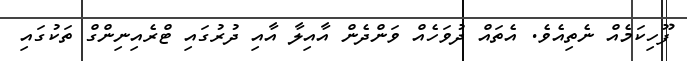
ފޫހިކަމެއް ނެތިއެވެ. އެތައް ދުވަހެއް ވަންދެން އާއިލާ އާއި ދުރުގައި ޓްރެއިނިންގް ތަކުގައި